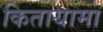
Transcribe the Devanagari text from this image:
कितायामा